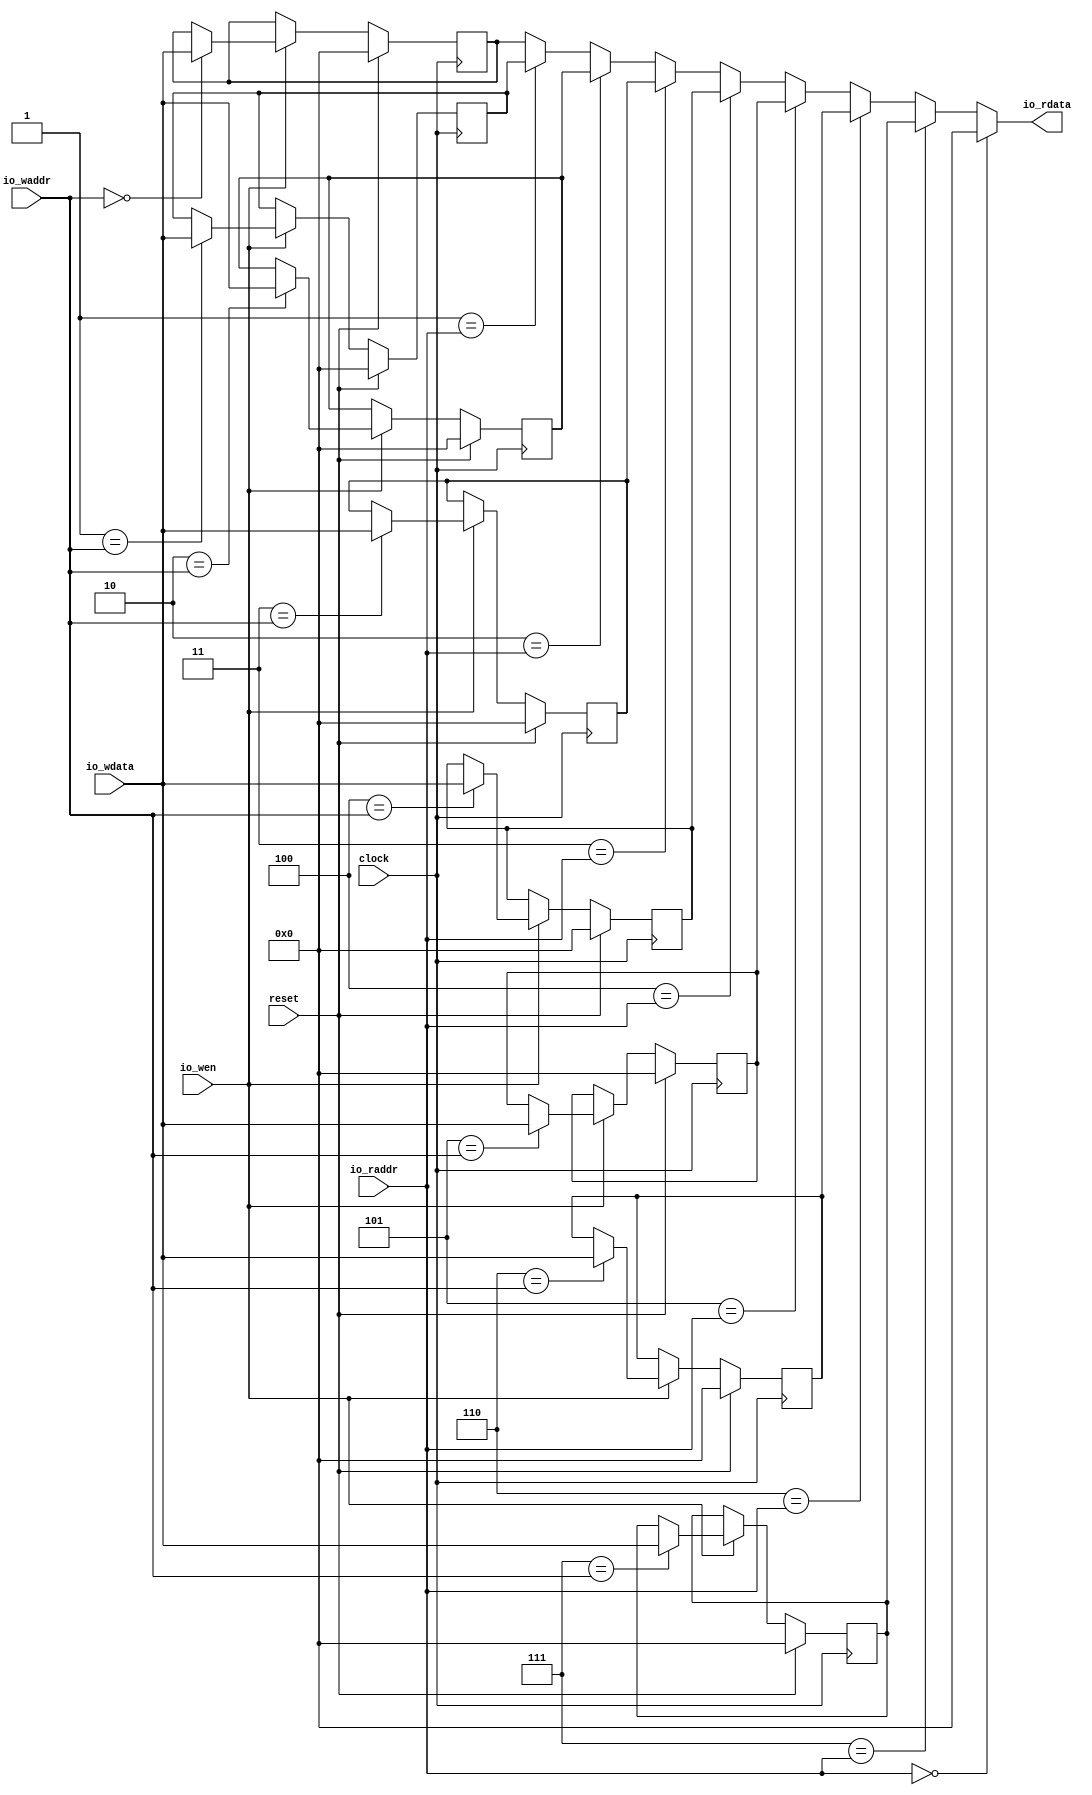
module RegisterFile(
  input        clock,
  input        reset,
  input        io_wen,
  input  [2:0] io_waddr,
  input  [7:0] io_wdata,
  input  [2:0] io_raddr,
  output [7:0] io_rdata
);
`ifdef RANDOMIZE_REG_INIT
  reg [31:0] _RAND_0;
  reg [31:0] _RAND_1;
  reg [31:0] _RAND_2;
  reg [31:0] _RAND_3;
  reg [31:0] _RAND_4;
  reg [31:0] _RAND_5;
  reg [31:0] _RAND_6;
  reg [31:0] _RAND_7;
`endif // RANDOMIZE_REG_INIT
  reg [7:0] reg_0; // @[RegisterFile.scala 18:20]
  reg [7:0] reg_1; // @[RegisterFile.scala 18:20]
  reg [7:0] reg_2; // @[RegisterFile.scala 18:20]
  reg [7:0] reg_3; // @[RegisterFile.scala 18:20]
  reg [7:0] reg_4; // @[RegisterFile.scala 18:20]
  reg [7:0] reg_5; // @[RegisterFile.scala 18:20]
  reg [7:0] reg_6; // @[RegisterFile.scala 18:20]
  reg [7:0] reg_7; // @[RegisterFile.scala 18:20]
  wire  _T_1 = io_raddr == 3'h0; // @[RegisterFile.scala 23:19]
  wire [7:0] _GEN_17 = 3'h1 == io_raddr ? reg_1 : reg_0; // @[RegisterFile.scala 26:16]
  wire [7:0] _GEN_18 = 3'h2 == io_raddr ? reg_2 : _GEN_17; // @[RegisterFile.scala 26:16]
  wire [7:0] _GEN_19 = 3'h3 == io_raddr ? reg_3 : _GEN_18; // @[RegisterFile.scala 26:16]
  wire [7:0] _GEN_20 = 3'h4 == io_raddr ? reg_4 : _GEN_19; // @[RegisterFile.scala 26:16]
  wire [7:0] _GEN_21 = 3'h5 == io_raddr ? reg_5 : _GEN_20; // @[RegisterFile.scala 26:16]
  wire [7:0] _GEN_22 = 3'h6 == io_raddr ? reg_6 : _GEN_21; // @[RegisterFile.scala 26:16]
  wire [7:0] _GEN_23 = 3'h7 == io_raddr ? reg_7 : _GEN_22; // @[RegisterFile.scala 26:16]
  assign io_rdata = _T_1 ? 8'h0 : _GEN_23; // @[RegisterFile.scala 24:16 RegisterFile.scala 26:16]
`ifdef RANDOMIZE_GARBAGE_ASSIGN
`define RANDOMIZE
`endif
`ifdef RANDOMIZE_INVALID_ASSIGN
`define RANDOMIZE
`endif
`ifdef RANDOMIZE_REG_INIT
`define RANDOMIZE
`endif
`ifdef RANDOMIZE_MEM_INIT
`define RANDOMIZE
`endif
`ifndef RANDOM
`define RANDOM $random
`endif
`ifdef RANDOMIZE_MEM_INIT
  integer initvar;
`endif
`ifndef SYNTHESIS
`ifdef FIRRTL_BEFORE_INITIAL
`FIRRTL_BEFORE_INITIAL
`endif
initial begin
  `ifdef RANDOMIZE
    `ifdef INIT_RANDOM
      `INIT_RANDOM
    `endif
    `ifndef VERILATOR
      `ifdef RANDOMIZE_DELAY
        #`RANDOMIZE_DELAY begin end
      `else
        #0.002 begin end
      `endif
    `endif
`ifdef RANDOMIZE_REG_INIT
  _RAND_0 = {1{`RANDOM}};
  reg_0 = _RAND_0[7:0];
  _RAND_1 = {1{`RANDOM}};
  reg_1 = _RAND_1[7:0];
  _RAND_2 = {1{`RANDOM}};
  reg_2 = _RAND_2[7:0];
  _RAND_3 = {1{`RANDOM}};
  reg_3 = _RAND_3[7:0];
  _RAND_4 = {1{`RANDOM}};
  reg_4 = _RAND_4[7:0];
  _RAND_5 = {1{`RANDOM}};
  reg_5 = _RAND_5[7:0];
  _RAND_6 = {1{`RANDOM}};
  reg_6 = _RAND_6[7:0];
  _RAND_7 = {1{`RANDOM}};
  reg_7 = _RAND_7[7:0];
`endif // RANDOMIZE_REG_INIT
  `endif // RANDOMIZE
end // initial
`ifdef FIRRTL_AFTER_INITIAL
`FIRRTL_AFTER_INITIAL
`endif
`endif // SYNTHESIS
  always @(posedge clock) begin
    if (reset) begin
      reg_0 <= 8'h0;
    end else if (io_wen) begin
      if (3'h0 == io_waddr) begin
        reg_0 <= io_wdata;
      end
    end
    if (reset) begin
      reg_1 <= 8'h0;
    end else if (io_wen) begin
      if (3'h1 == io_waddr) begin
        reg_1 <= io_wdata;
      end
    end
    if (reset) begin
      reg_2 <= 8'h0;
    end else if (io_wen) begin
      if (3'h2 == io_waddr) begin
        reg_2 <= io_wdata;
      end
    end
    if (reset) begin
      reg_3 <= 8'h0;
    end else if (io_wen) begin
      if (3'h3 == io_waddr) begin
        reg_3 <= io_wdata;
      end
    end
    if (reset) begin
      reg_4 <= 8'h0;
    end else if (io_wen) begin
      if (3'h4 == io_waddr) begin
        reg_4 <= io_wdata;
      end
    end
    if (reset) begin
      reg_5 <= 8'h0;
    end else if (io_wen) begin
      if (3'h5 == io_waddr) begin
        reg_5 <= io_wdata;
      end
    end
    if (reset) begin
      reg_6 <= 8'h0;
    end else if (io_wen) begin
      if (3'h6 == io_waddr) begin
        reg_6 <= io_wdata;
      end
    end
    if (reset) begin
      reg_7 <= 8'h0;
    end else if (io_wen) begin
      if (3'h7 == io_waddr) begin
        reg_7 <= io_wdata;
      end
    end
  end
endmodule